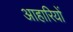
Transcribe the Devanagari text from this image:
आहारियों